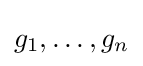
g_{1},\dots ,g_{n}